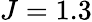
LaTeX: J=1.3